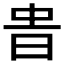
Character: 𣆊